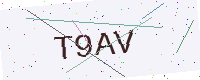
Text: T9AV